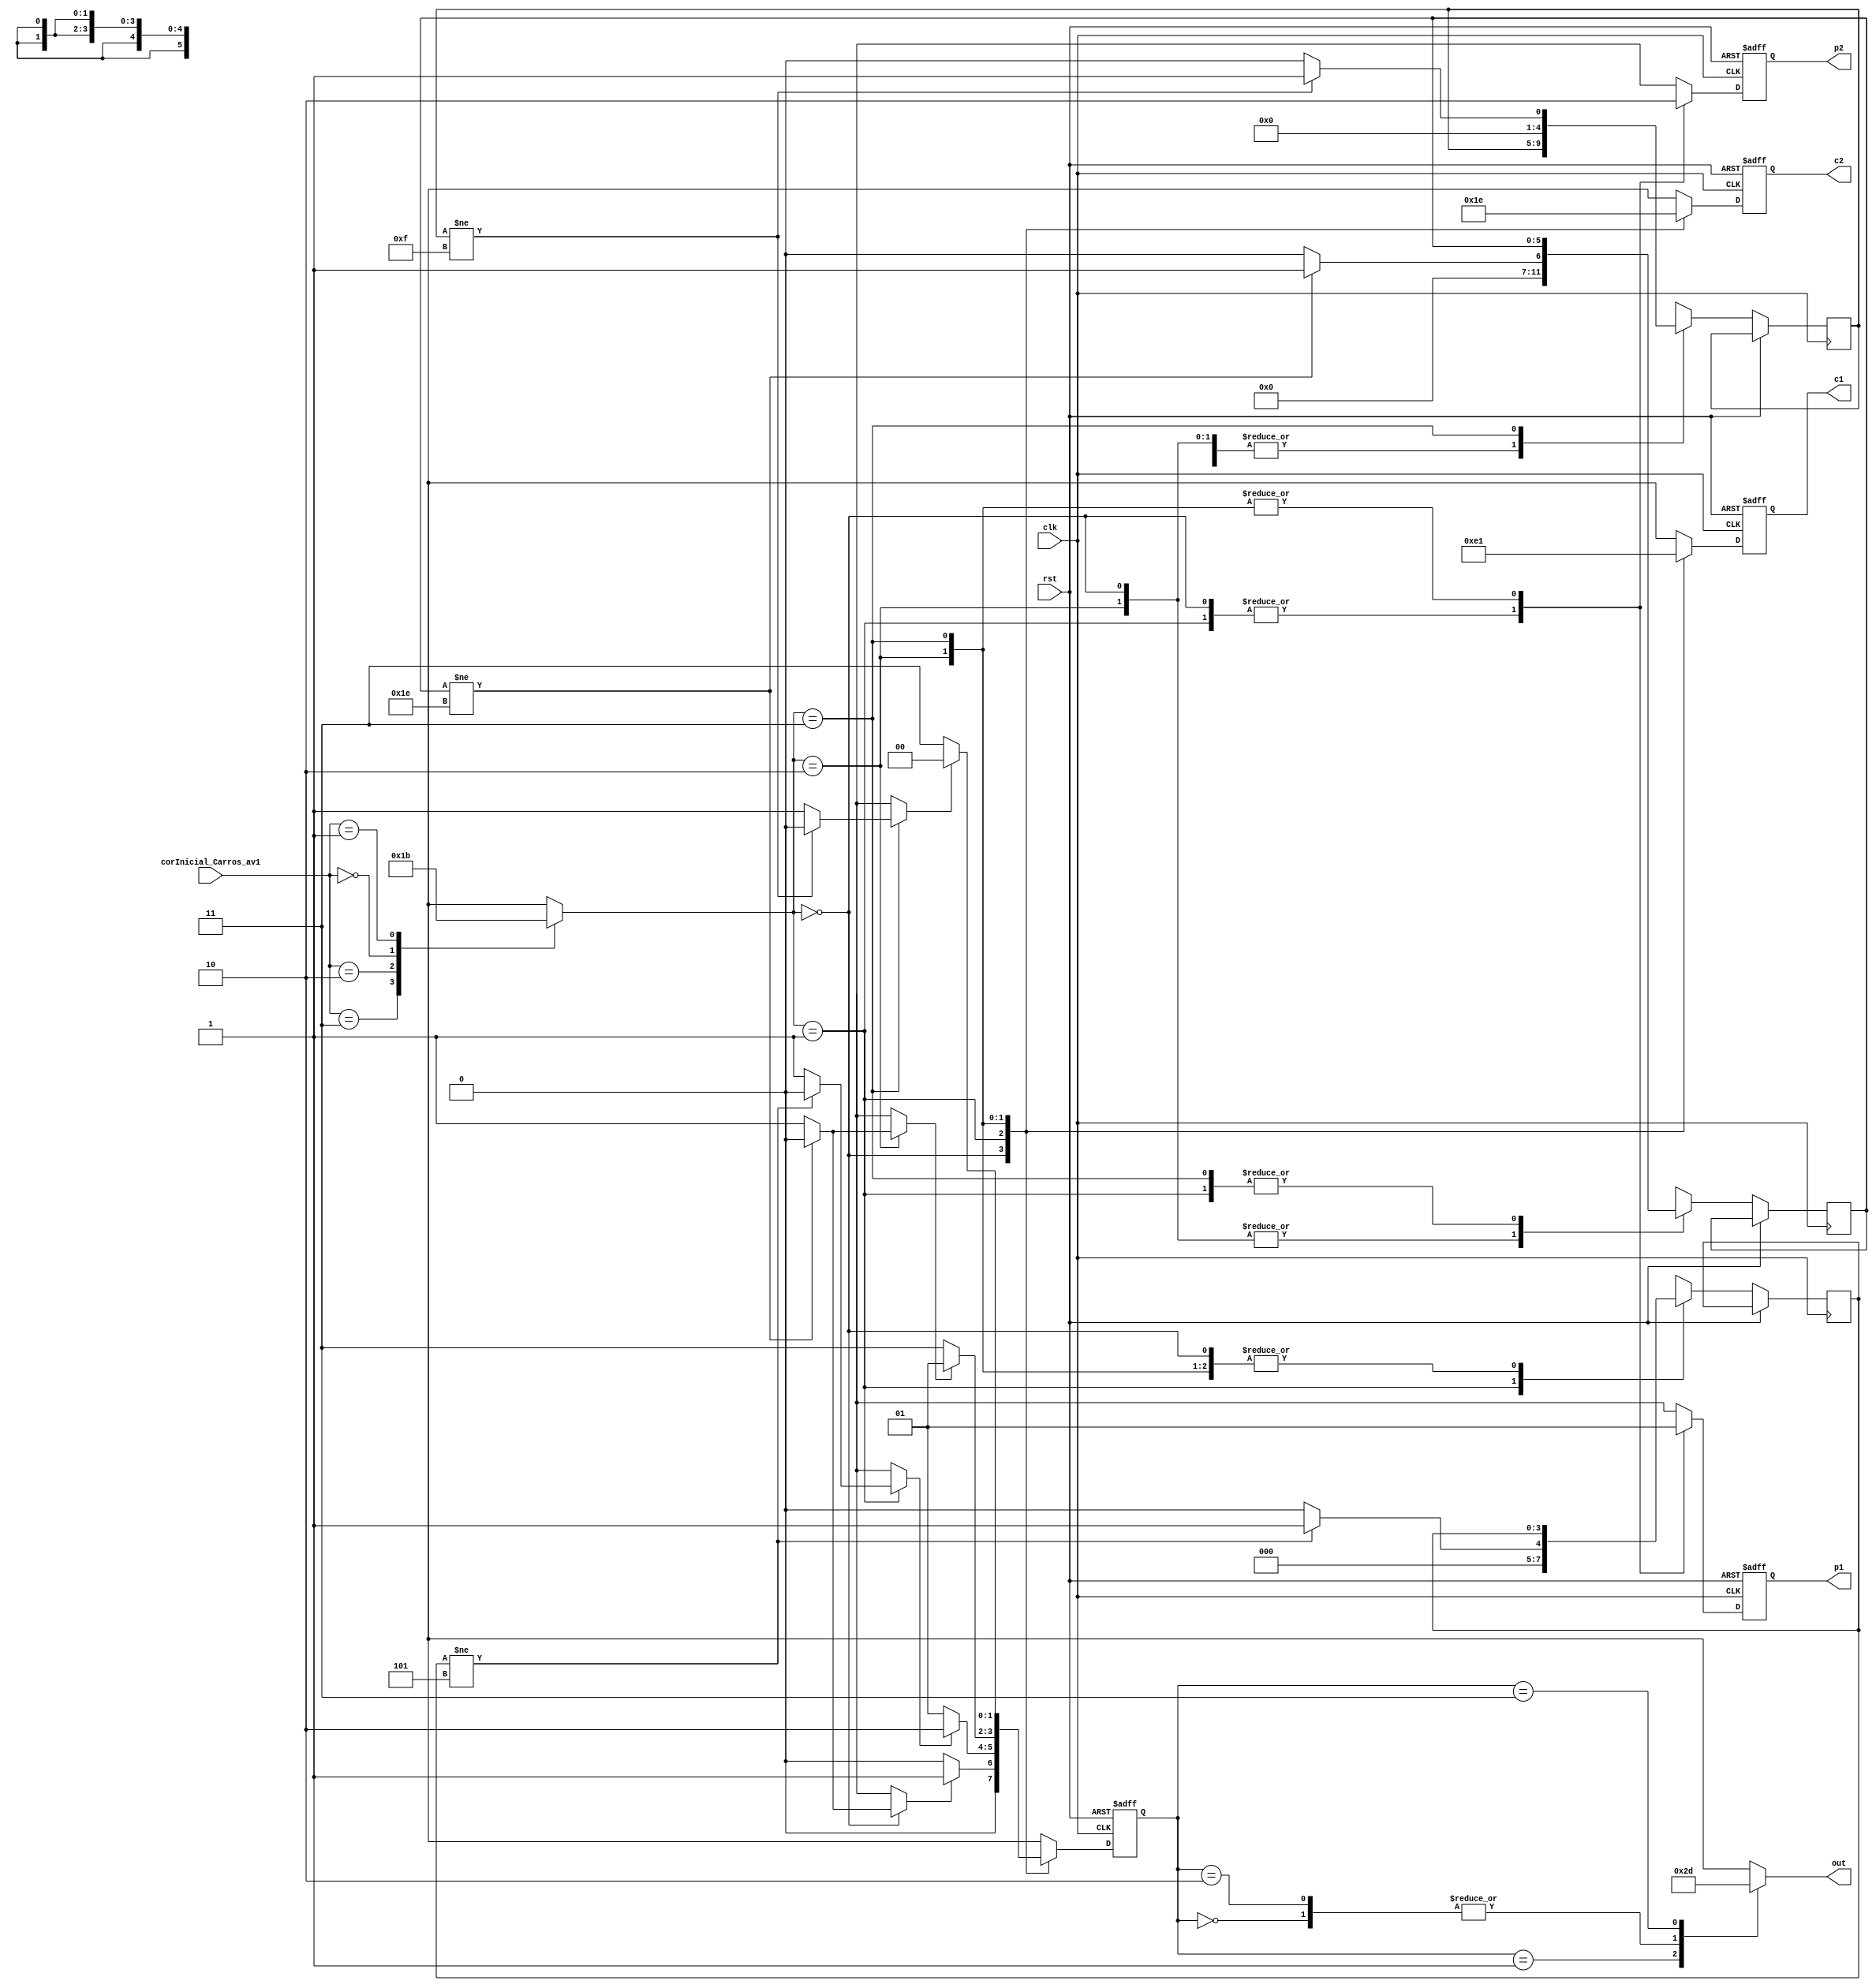
module semaforo(
					input rst, clk,
					input [1:0] corInicial_Carros_av1,// 00 vermelho com c2 verde    //10 amarelho  
																//  01 vermelho com c2 amarelo  //11 verde
					output reg [1:0] out,
					
					//======//=======// aki esto as luzes que recebem a entrada

					output reg [1:0] c1, c2,
					output reg p1, p2 // s tem 2 posies => 1 verde 0 vermelho
								
					);

reg a_verde, a_amarelo, a_vermelho;	// valor 0 ou 1.  1 se terminou a respectiva contagem
					
parameter entrada0 = 2'b11, entrada1 = 2'b10, entrada2 = 2'b00, entrada3 = 2'b01;
					
reg [5:0]verde; reg [4:0] vermelho; reg [3:0] amarelo;// contadores
				
reg [1:0] state; // corresponde ao estado de todos os semforos num dado instante



parameter s0 = 2'd0 , s1 = 2'd1, s2 = 2'd2, s3 = 2'd3;

// transio dos estados - depende de clok

always @ (posedge clk or posedge rst)
begin
	
	if (rst)
	
	begin
		state <= s0;
		c1 = 2'd0; c2 = c1; p1 = 1'd0; p2 = p1;//perpetuando o valor 0 para todos;
	
	end
		
	else 
	begin
			case (corInicial_Carros_av1)
			
				
				entrada0:
				
					state = s0;				
				
				entrada1:
				
					state = s1;
							
				entrada2:
					
					state = s2;
				
				entrada3:
				
					state = s3;
			endcase;
									
			case (state)
				
				//**********************************//estado 0
					 s0: 
					 begin
						a_vermelho = 0;
						//corInicial_Carros_av1 <= 2'b11;
						
						c1 <= 2'b11;
						p1 <= 1'b0;
						
						c2 <= 2'b00;
						p2 <= 1'b1;
						
						//==============// PARTE CONTADORA
						
						if (verde != 5'd30) // enquanto no for 30s ele fica verde e o contador vai somando
						begin	
							verde = 5'd0 + 5'd1;
							a_verde = 0;
						end
						else
						begin
							verde = 5'd0;
							a_verde = 1;
						end
						//=============//
						if (a_verde)
							state <= s1;
						else
							state <= s0;
							
					 end	
							
					//**********************************//estado 1	
					 s1:
					 begin
						a_verde = 0;
					 //corInicial_Carros_av1 <= 2'b11;
						
						c1 <= 2'b10;
						p1 <= 1'b0;
						
						c2 <= 2'b01;
						p2 <= 1'b1;
						
						//==============// PARTE CONTADORA
						
						if (amarelo != 3'd5) // enquanto no for 30s ele fica verde e o contador vai somando
						begin	
							amarelo = 3'd0 + 3'd1;
							a_amarelo = 0;
						end
						
						else
						begin
							amarelo = 3'd0;
							a_amarelo = 1;
						end
					 
					 
						if (a_amarelo)
							state <= s2;
						else
							state <= s1;
							
					 end		
					 
					//**********************************//estado 2 
					 s2:
					 begin
						a_amarelo = 0;
					 //corInicial_Carros_av1 <= 2'b11;
						
						c1 <= 2'b00;
						p1 <= 1'b1;
						
						c2 <= 2'b11;
						p2 <= 1'b0;
						
						//==============// PARTE CONTADORA
						
						if (verde != 5'd30) // enquanto no for 30s ele fica verde e o contador vai somando
						begin	
							verde = 5'd0 + 5'd1;
							a_verde = 0;
						end
						else
						begin
							verde = 5'd0;
							a_verde = 1;
						end
					 
					 
						
						if (a_verde)
							state <= s1;
						else
							state <= s3;
					 
					 
					  end
					 //**********************************//estado 3
					 s3:
					 begin
						a_verde = 0;		 
						//corInicial_Carros_av1 <= 2'b11;
						
						c1 <= 2'b01;
						p1 <= 1'b1;
						
						c2 <= 2'b10;
						p2 <= 1'b0;
						
						//==============// PARTE CONTADORA
						
						if (vermelho != 4'd15) // enquanto no for 30s ele fica verde e o contador vai somando
						begin	
							vermelho = 4'd0 + 4'd1;
							a_vermelho = 0;
						end
						else
						begin
							vermelho = 4'd0;
							a_vermelho = 1;
						end
						
						
						
						
						if (a_vermelho)
							state <= s0;
						else
							state <= s3;
					 end		
				endcase
	end
			

end


// decodificao das sadas - combinacional
always @ (state)
begin

	case (state)
	
	s0: out = 2'b11; 
	s1: out = 2'b10;//a_amarelo;
	s2: out = 2'b11;//a_verde;
	s3: out = 2'b01;//a_vermelho;
	
	
	endcase

end
endmodule